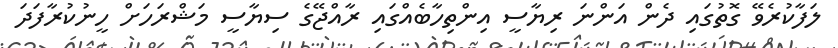
ލަފާކުރެވޭ ގޮތުގައި ދެން އަންނަ ރިޔާސީ އިންތިހާބެއްގައި ރާއްޖޭގެ ސިޔާސީ މަޝްރަހަށް ހީނުކުރާފަދަ